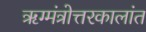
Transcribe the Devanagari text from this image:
ॠग्मंत्रोत्तरकालांत